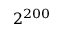
2 ^ { 2 0 0 }